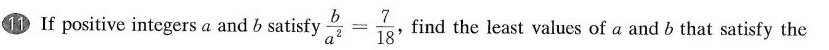
11 If positive integers a and b satisfy \frac{b}{a^2}=\frac{7}{18}, find the least values of a and b that satisfy the